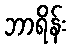
ဘာရိန်း